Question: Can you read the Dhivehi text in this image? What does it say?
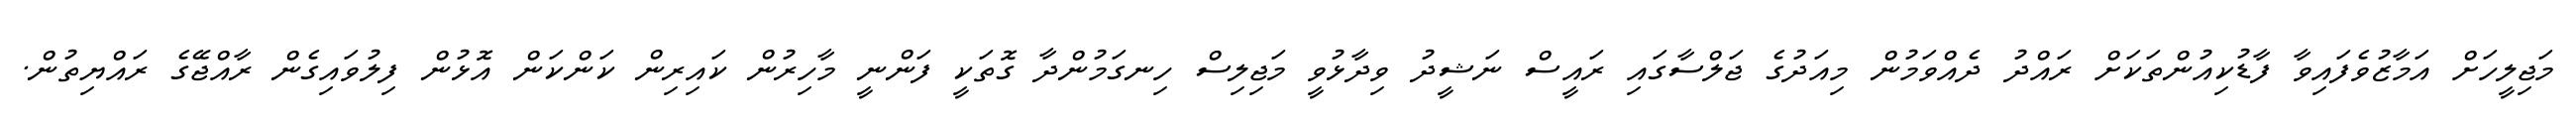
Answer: މަޖިލީހަށް އަމާޒުވެފައިވާ ފާޑުކިއުންތަކަށް ރައްދު ދެއްވަމުން މިއަދުގެ ޖަލްސާގައި ރައީސް ނަޝީދު ވިދާޅުވީ މަޖިލިސް ހިނގަމުންދާ ގޮތަކީ ފަންނީ މާހިރުން ކައިރިން ކަންކަން އޮޅުން ފިލުވައިގެން ރާއްޖޭގެ ރައްޔިތުން.